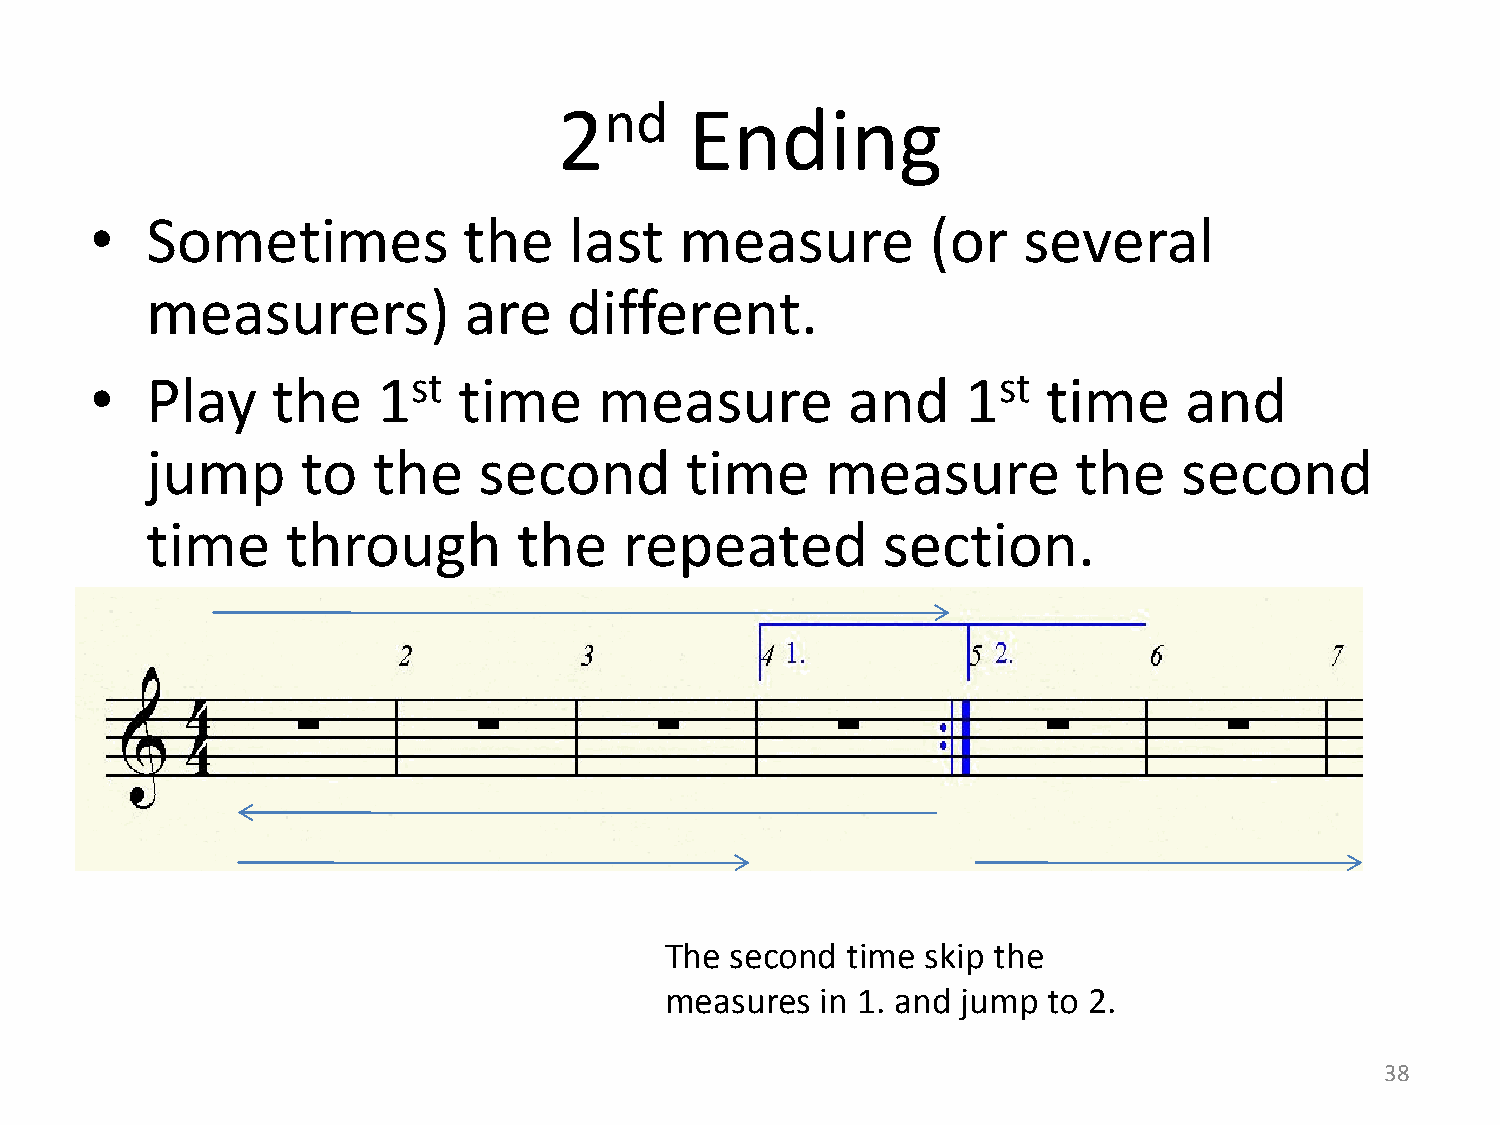
2nd      Ending
 •   Sometimes            the    last   measure          (or   several
 measurers)           are    different.
 •   Play    the    1st  time      measure         and     1st  time     and
 jump      to   the    second       time      measure         the    second
 time     through        the    repeated         section.
 The second  time skip the
 measures  in 1. and jump to 2.
 38